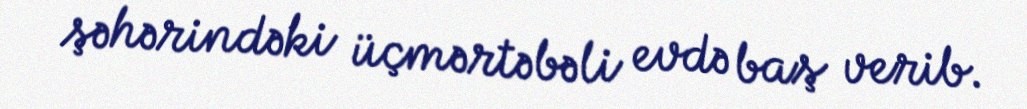
şəhərindəki üçmərtəbəli evdə baş verib.